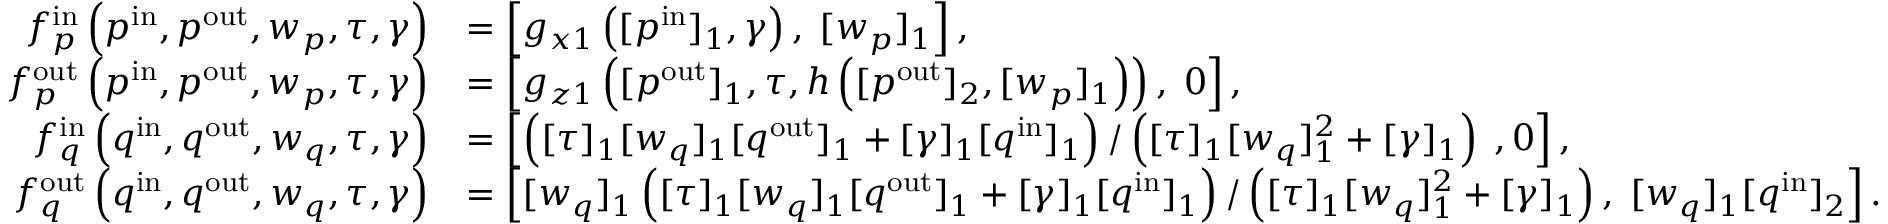
\begin{array} { r l } { f _ { p } ^ { \mathrm { i n } } \left( p ^ { \mathrm { i n } } , p ^ { \mathrm { o u t } } , w _ { p } , \tau , \gamma \right) } & { = \left[ g _ { x 1 } \left( [ p ^ { \mathrm { i n } } ] _ { 1 } , \gamma \right) , \; [ w _ { p } ] _ { 1 } \right] , } \\ { f _ { p } ^ { \mathrm { o u t } } \left( p ^ { \mathrm { i n } } , p ^ { \mathrm { o u t } } , w _ { p } , \tau , \gamma \right) } & { = \left[ g _ { z 1 } \left( [ p ^ { \mathrm { o u t } } ] _ { 1 } , \tau , h \left( [ p ^ { \mathrm { o u t } } ] _ { 2 } , [ w _ { p } ] _ { 1 } \right) \right) , \; 0 \right] , } \\ { f _ { q } ^ { \mathrm { i n } } \left( q ^ { \mathrm { i n } } , q ^ { \mathrm { o u t } } , w _ { q } , \tau , \gamma \right) } & { = \left[ \left( [ \tau ] _ { 1 } [ w _ { q } ] _ { 1 } [ q ^ { \mathrm { o u t } } ] _ { 1 } + [ \gamma ] _ { 1 } [ q ^ { \mathrm { i n } } ] _ { 1 } \right) / \left( [ \tau ] _ { 1 } [ w _ { q } ] _ { 1 } ^ { 2 } + [ \gamma ] _ { 1 } \right) \; , 0 \right] , } \\ { f _ { q } ^ { \mathrm { o u t } } \left( q ^ { \mathrm { i n } } , q ^ { \mathrm { o u t } } , w _ { q } , \tau , \gamma \right) } & { = \left[ [ w _ { q } ] _ { 1 } \left( [ \tau ] _ { 1 } [ w _ { q } ] _ { 1 } [ q ^ { \mathrm { o u t } } ] _ { 1 } + [ \gamma ] _ { 1 } [ q ^ { \mathrm { i n } } ] _ { 1 } \right) / \left( [ \tau ] _ { 1 } [ w _ { q } ] _ { 1 } ^ { 2 } + [ \gamma ] _ { 1 } \right) , \; [ w _ { q } ] _ { 1 } [ q ^ { \mathrm { i n } } ] _ { 2 } \right] . } \end{array}